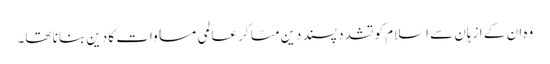
وہ ان کے ازہان سے اسلام کو تشدد پسند دین مٹا کر عالمی مساوات کا دین بنانا تھا۔